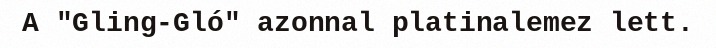
A "Gling-Gló" azonnal platinalemez lett.